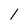
Character: l